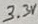
Text: 3.3V